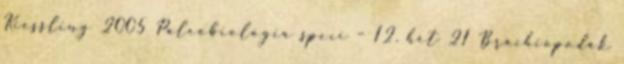
Kiessling 2005 Paleobiológia speci – 12. hét 21 Brachiopodák